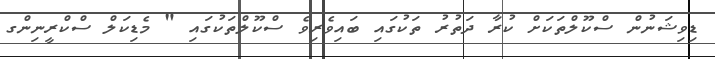
ޑިވިޝަނުން ސްކޫލްތަކަށް ކުރާ ދަތުރު ތަކުގައި ބައިވެރިވެ ސްކޫލްތަކުގައި " މެޑިކަލް ސްކްރީނިންގ